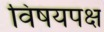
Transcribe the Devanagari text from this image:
विषयपक्ष